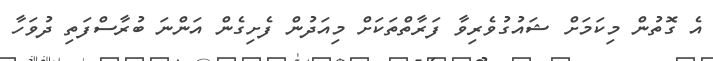
އެ ގޮތުން މިކަމަށް ޝައުގުވެރިވާ ފަރާތްތަކަށް މިއަދުން ފެށިގެން އަންނަ ބުރާސްފަތި ދުވަހާ